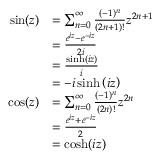
{ \begin{array} { r l } { \sin ( z ) } & { = \sum _ { n = 0 } ^ { \infty } { \frac { ( - 1 ) ^ { n } } { ( 2 n + 1 ) ! } } z ^ { 2 n + 1 } } \\ & { = { \frac { e ^ { i z } - e ^ { - i z } } { 2 i } } } \\ & { = { \frac { \sinh \left( i z \right) } { i } } } \\ & { = - i \sinh \left( i z \right) } \\ { \cos ( z ) } & { = \sum _ { n = 0 } ^ { \infty } { \frac { ( - 1 ) ^ { n } } { ( 2 n ) ! } } z ^ { 2 n } } \\ & { = { \frac { e ^ { i z } + e ^ { - i z } } { 2 } } } \\ & { = \cosh ( i z ) } \end{array} }